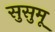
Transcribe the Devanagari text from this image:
सुसुमू